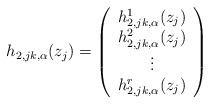
LaTeX: \begin{align*}h_{2, jk, \alpha}(z_j)=\left( \begin{array}{c} h_{2, jk, \alpha}^1(z_j) \\ h_{2, jk, \alpha}^2(z_j) \\\vdots \\h_{2, jk, \alpha}^r(z_j) \end{array} \right)\end{align*}